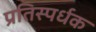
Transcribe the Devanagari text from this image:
प्रतिस्पर्धक